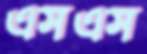
এসএস